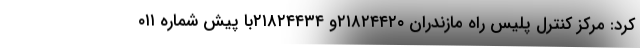
کرد: مرکز کنترل پلیس راه مازندران ۲۱۸۲۴۴۲۰و ۲۱۸۲۴۴۳۴با پیش شماره ۰۱۱